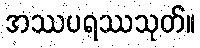
အဿပရဿသုတ်။